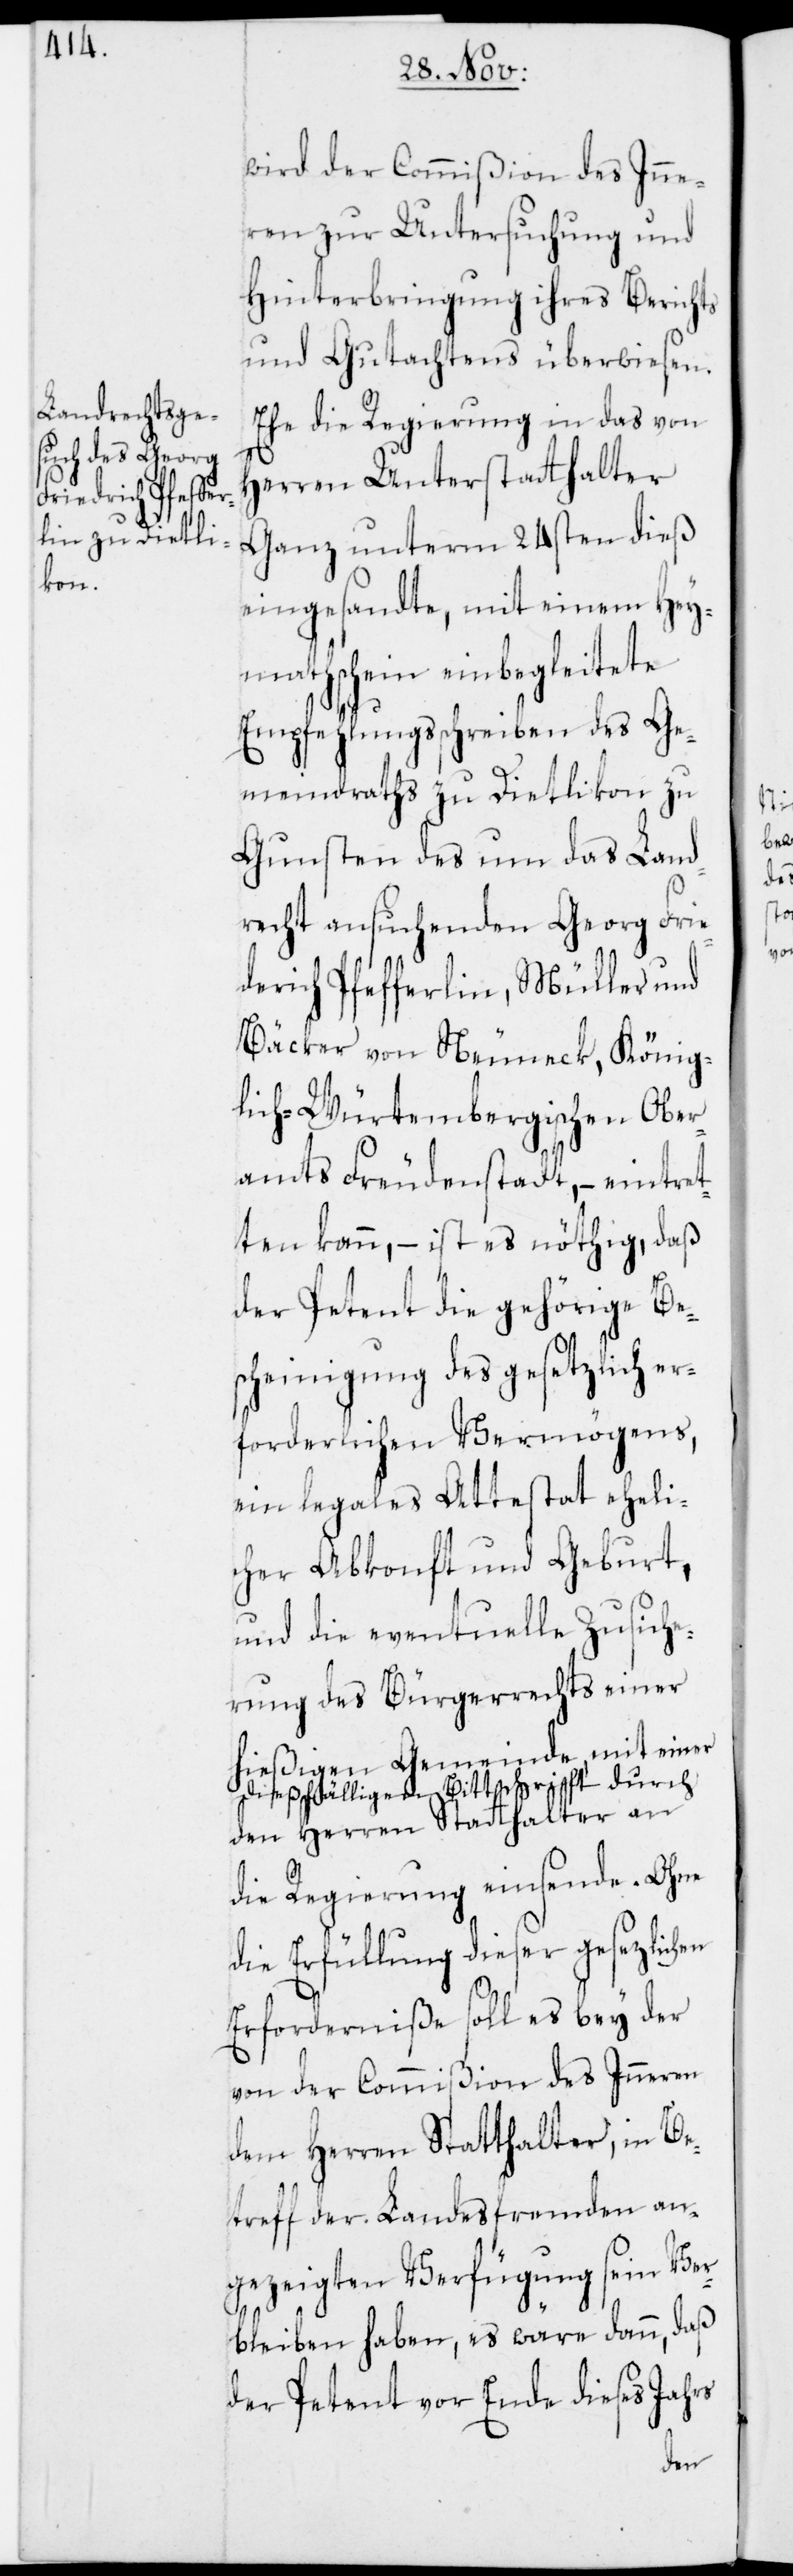
wird der Commißion des Inne¬
ren zur Untersuchung und
Hinterbringung ihres Berichts
und Gutachtens überwiesen.
Ehe die Regierung in das von
Herren Unterstatthalter
Ganz unterm 24sten dieß
eingesandte, mit einem Hey¬
mathschein einbegleitete
Empfehlungsschreiben des Ge¬
meindraths zu Dietlikon, zu
Gunsten des um das Land¬
recht ansuchenden Georg Frie¬
derich Pfefferlin, Müller und
Bäcker von Neuneck, König¬
lich-Würtembergischen Ober¬
amts Freudenstadt, – eintret¬
ten kann, – ist es nöthig, daß
der Petent die gehörige Be¬
scheinigung des gesetzlich er¬
forderlichen Vermögens,
ein legales Attestat eheli¬
cher Abkonft und Geburt,
und die eventuelle Zusich¬
erung des Bürgerrechts einer
hießigen Gemeinde mit einer
dießfälligen Bittschrift durch
den Herren Statthalter an
die Regierung einsende. Ohne
die Erfüllung dieser gesetzlich¬
Erforderniße soll es bey der
von der Commißion des Inneren
dem Herren Statthalter, in Be¬
treff der Landesfremden an¬
gezeigten Verfügung sein Ver¬
bleiben haben, es wäre dann, daß
der Petent vor Ende dieses Jahrs
en